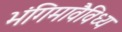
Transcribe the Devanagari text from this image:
भंगिमावैविध्य